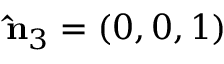
{ \bf \hat { n } } _ { 3 } = ( 0 , 0 , 1 )